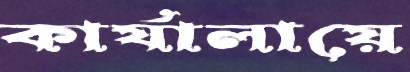
কার্যালায়ে